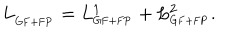
L _ { _ { \mathrm { G F + F P } } } = L _ { _ { \mathrm { G F + F P } } } ^ { 1 } + L _ { _ { \mathrm { G F + F P } } } ^ { 2 } .